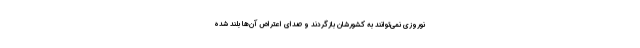
نوروزی نمی‌توانند به کشورشان بازگردند و صدای اعتراض آن‌ها بلند شده